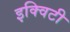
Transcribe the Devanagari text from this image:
इक्‍विटी